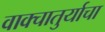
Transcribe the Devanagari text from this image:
वाक्चातुर्याचा